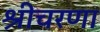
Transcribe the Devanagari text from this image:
श्रीचरणा